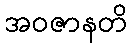
အဝဇာနတိ